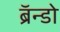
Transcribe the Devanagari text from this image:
ब्रॅन्डो